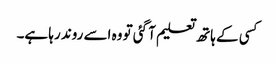
کسی کے ہاتھ تعلیم آ گئی تو وہ اسے روند رہا ہے۔